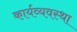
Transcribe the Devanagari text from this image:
कार्यव्यवस्था